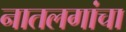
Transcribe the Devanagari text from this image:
नातलगांचा